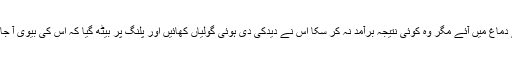
طرح طرح کے خیالات اس کے دماغ میں آئے مگر وہ کوئی نتیجہ برآمد نہ کر سکا اس نے دیدکی دی ہوئی گولیاں کھائیں اور پلنگ پر بیٹھ گیا کہ اس کی بیوی آ جائے گی آخر اسے جانا کہاں ہے؟